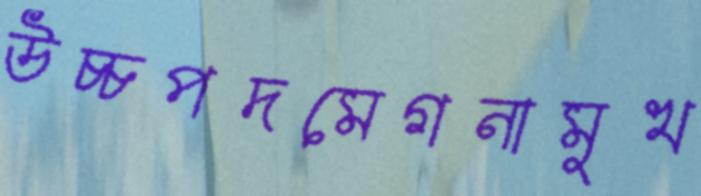
উচ্চপদমেগনামুখ